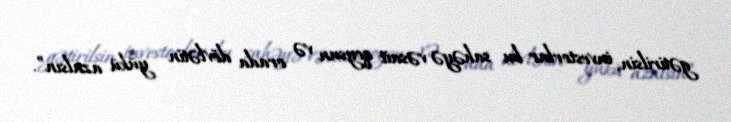
gətirilsin, investorlar bu sahəyə vəsait qoysun və orada dövlətin yükü azalsın”.